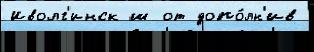
Иволг'инск ш от допо́лн'ив